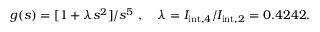
g ( s ) = [ 1 + \lambda s ^ { 2 } ] / s ^ { 5 } \ , \quad \lambda = I _ { \mathrm { i n t } , 4 } / I _ { \mathrm { i n t } , 2 } = 0 . 4 2 4 2 .